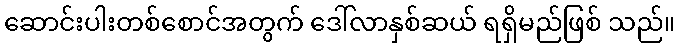
ဆောင်းပါးတစ်စောင်အတွက် ဒေါ်လာနှစ်ဆယ် ရရှိမည်ဖြစ် သည်။